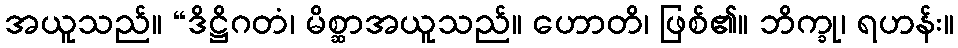
အယူသည်။ “ဒိဋ္ဌိဂတံ၊ မိစ္ဆာအယူသည်။ ဟောတိ၊ ဖြစ်၏။ ဘိက္ခု၊ ရဟန်း။